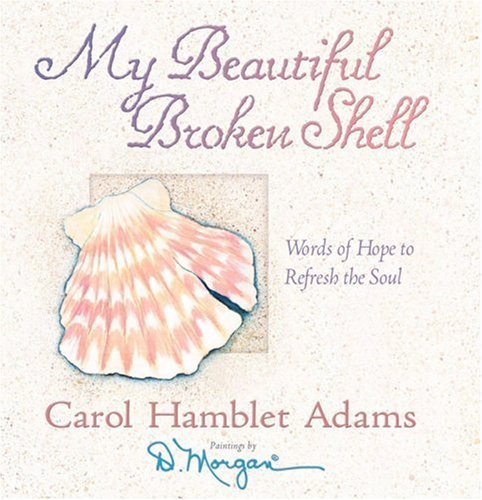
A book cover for My Beautiful Broken Shell: Words of Hope to Refresh the Soul; Carol Hamblet Adams; Christian Books & Bibles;